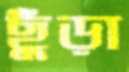
ছুঁড়া